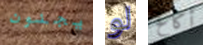
يجنون لو أكافح